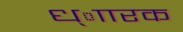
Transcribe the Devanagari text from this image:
ध्ाारक